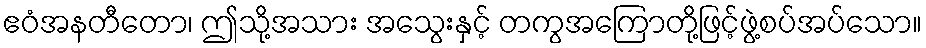
ဧဝံအနတီတော၊ ဤသို့အသား အသွေးနှင့် တကွအကြောတို့ဖြင့်ဖွဲ့စပ်အပ်သော။